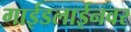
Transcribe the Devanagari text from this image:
गाईडलाईनवर